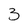
Character: 3